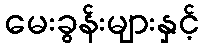
မေးခွန်းများနှင့်